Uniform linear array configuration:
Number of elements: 64
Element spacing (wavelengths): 0.75
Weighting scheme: exponential
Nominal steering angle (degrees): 0
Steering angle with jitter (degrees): -0.6217
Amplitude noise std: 0.05
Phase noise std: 0.05

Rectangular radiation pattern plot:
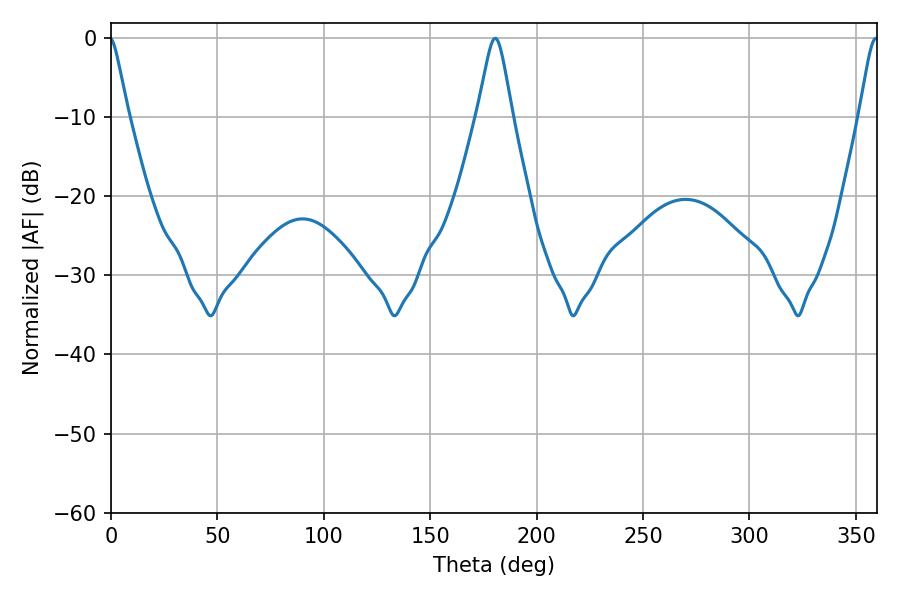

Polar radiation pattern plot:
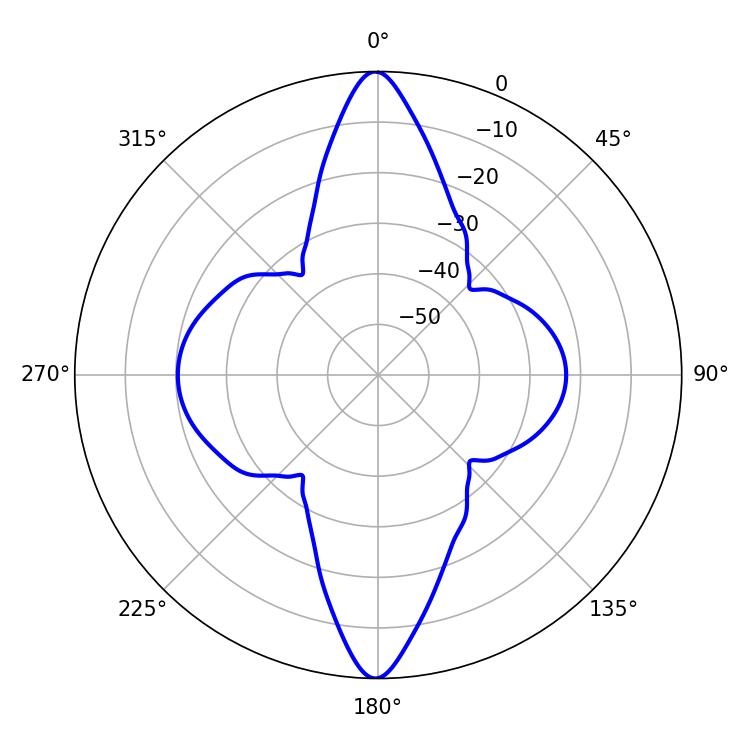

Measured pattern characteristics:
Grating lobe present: TRUE
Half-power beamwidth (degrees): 7.74
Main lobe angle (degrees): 180.54